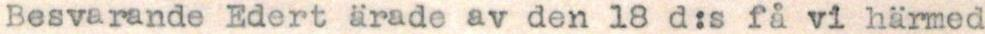
Besvarande Edert ärade av den 18 d:s få vi härmed